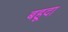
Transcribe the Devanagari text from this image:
बहूदा